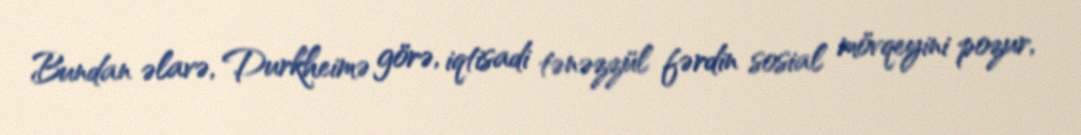
Bundan əlavə, Durkheimə görə, iqtisadi tənəzzül fərdin sosial mövqeyini pozur,